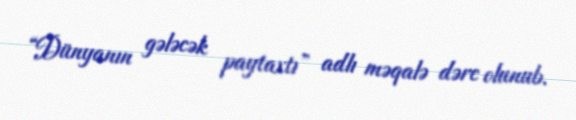
“Dünyanın gələcək paytaxtı” adlı məqalə dərc olunub.